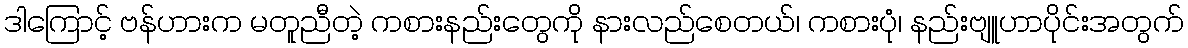
ဒါကြောင့် ဗန်ဟားက မတူညီတဲ့ ကစားနည်းတွေကို နားလည်စေတယ်၊ ကစားပုံ၊ နည်းဗျူဟာပိုင်းအတွက်